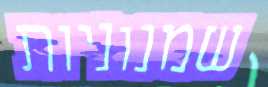
שמנוניות